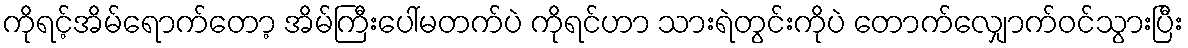
ကိုရင့်အိမ်ရောက်တော့ အိမ်ကြီးပေါ်မတက်ပဲ ကိုရင်ဟာ သားရဲတွင်းကိုပဲ တောက်လျှောက်ဝင်သွားပြီး